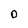
Character: 0